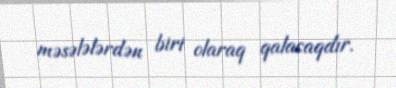
məsələlərdən biri olaraq qalacaqdır.